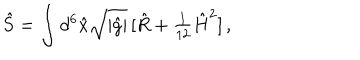
LaTeX: \hat { S } = \int d ^ { 6 } \hat { x } \sqrt { | \hat { g } | } \, [ \hat { R } + { \textstyle \frac { 1 } { 1 2 } } \hat { H } ^ { 2 } ] \, ,